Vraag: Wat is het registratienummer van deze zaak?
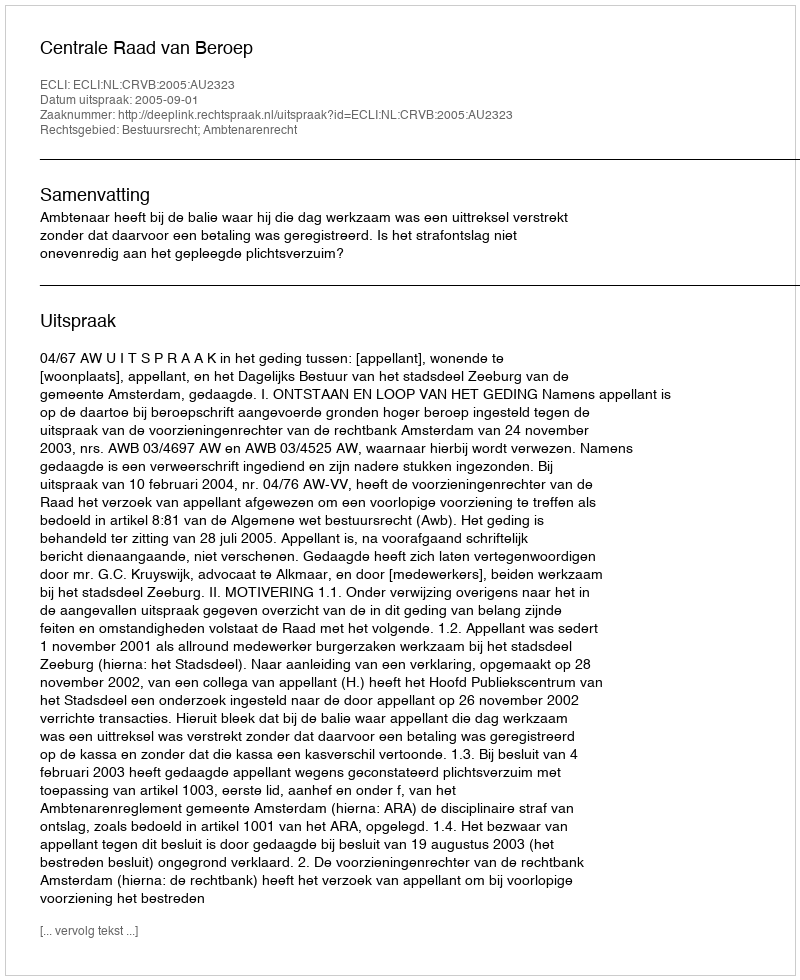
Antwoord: http://deeplink.rechtspraak.nl/uitspraak?id=ECLI:NL:CRVB:2005:AU2323